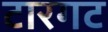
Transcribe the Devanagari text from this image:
टारगट